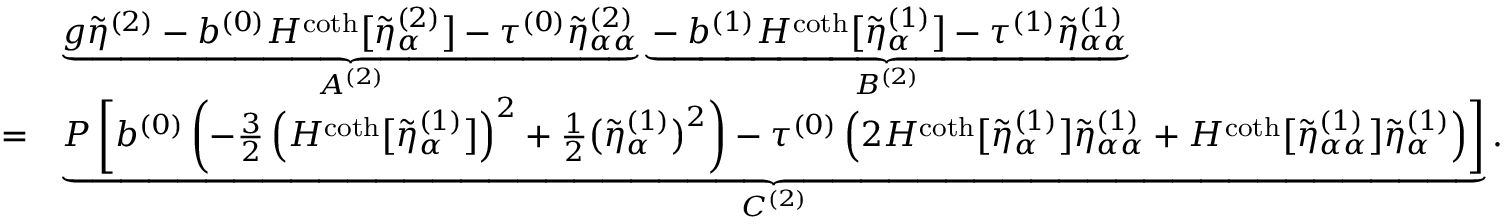
\begin{array} { r l } & { \underbrace { g \tilde { \eta } ^ { ( 2 ) } - b ^ { ( 0 ) } H ^ { \coth } \big [ \tilde { \eta } _ { \alpha } ^ { ( 2 ) } \big ] - \tau ^ { ( 0 ) } \tilde { \eta } _ { \alpha \alpha } ^ { ( 2 ) } } _ { A ^ { ( 2 ) } } \underbrace { - b ^ { ( 1 ) } H ^ { \coth } \big [ \tilde { \eta } _ { \alpha } ^ { ( 1 ) } \big ] - \tau ^ { ( 1 ) } \tilde { \eta } _ { \alpha \alpha } ^ { ( 1 ) } } _ { B ^ { ( 2 ) } } } \\ { = } & { \underbrace { P \left[ b ^ { ( 0 ) } \left( - \frac { 3 } { 2 } \left( H ^ { \coth } \big [ \tilde { \eta } _ { \alpha } ^ { ( 1 ) } \big ] \right) ^ { 2 } + \frac { 1 } { 2 } \big ( \tilde { \eta } _ { \alpha } ^ { ( 1 ) } \big ) ^ { 2 } \right) - \tau ^ { ( 0 ) } \left( 2 H ^ { \coth } \big [ \tilde { \eta } _ { \alpha } ^ { ( 1 ) } \big ] \tilde { \eta } _ { \alpha \alpha } ^ { ( 1 ) } + H ^ { \coth } \big [ \tilde { \eta } _ { \alpha \alpha } ^ { ( 1 ) } \big ] \tilde { \eta } _ { \alpha } ^ { ( 1 ) } \right) \right] } _ { C ^ { ( 2 ) } } . } \end{array}